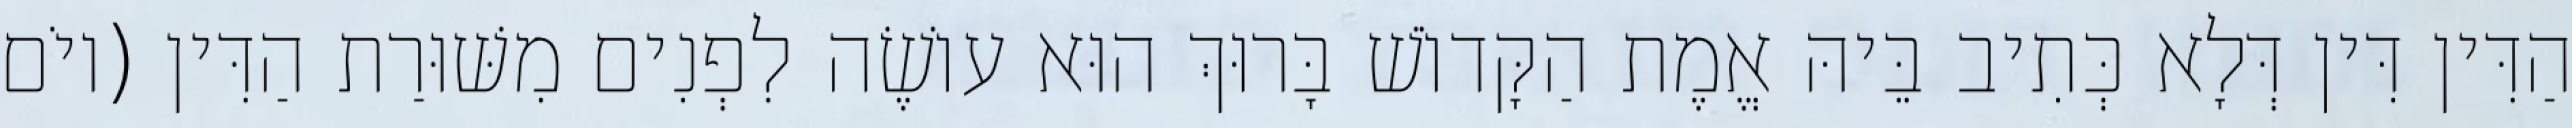
הַדִּין דִּין דְּלָא כְּתִיב בֵּיהּ אֱמֶת הַקָּדוֹשׁ בָּרוּךְ הוּא עוֹשֶׂה לִפְנִים מִשּׁוּרַת הַדִּין (יוֹם